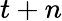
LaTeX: t+n